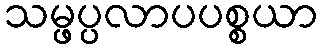
သမ္ဖပ္ပလာပပစ္စယာ